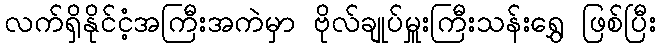
လက်ရှိနိုင်ငံ့အကြီးအကဲမှာ ဗိုလ်ချုပ်မှူးကြီးသန်းရွှေ ဖြစ်ပြီး